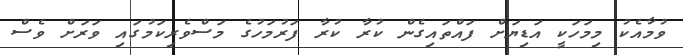
ވުމާއެކު މިމަހަކީ އަޑިޔަށް ފައްތައިގެން ކުރާ ކުރާ ފަރުމަހުގެ މަސްވެރިކަމުގައި ވަރަށް ވެސް